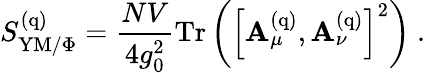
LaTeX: S_{\mathrm{YM/\Phi}}^{(\mathrm{q})}={\frac{NV}{4g_{0}^{2}}}\mathrm{Tr}\left(\left[\mathbf{A}_{\mu}^{(\mathrm{q})},\mathbf{A}_{\nu}^{(\mathrm{q})}\right]^{2}\right)\ .